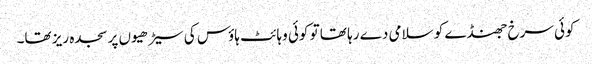
کوئی سرخ جھنڈے کو سلامی دے رہا تھا تو کوئی وہائٹ ہاؤس کی سیڑھیوں پر سجدہ ریز تھا۔